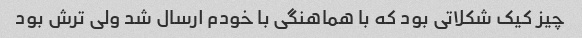
چیز کیک شکلاتی بود که با هماهنگی با خودم ارسال شد ولی ترش بود